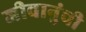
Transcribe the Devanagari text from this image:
जीवानुंची